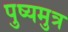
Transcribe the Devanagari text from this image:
पुष्यमुत्र